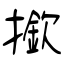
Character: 撳